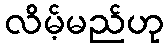
လိမ့်မည်ဟု